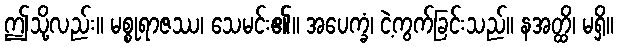
ဤသို့လည်း။ မစ္စုရာဇဿ၊ သေမင်း၏။ အပေက္ခံ၊ ငဲ့ကွက်ခြင်းသည်။ နအတ္ထိ၊ မရှိ။